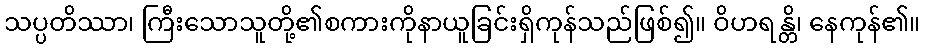
သပ္ပတိဿာ၊ ကြီးသောသူတို့၏စကားကိုနာယူခြင်းရှိကုန်သည်ဖြစ်၍။ ဝိဟရန္တိ၊ နေကုန်၏။